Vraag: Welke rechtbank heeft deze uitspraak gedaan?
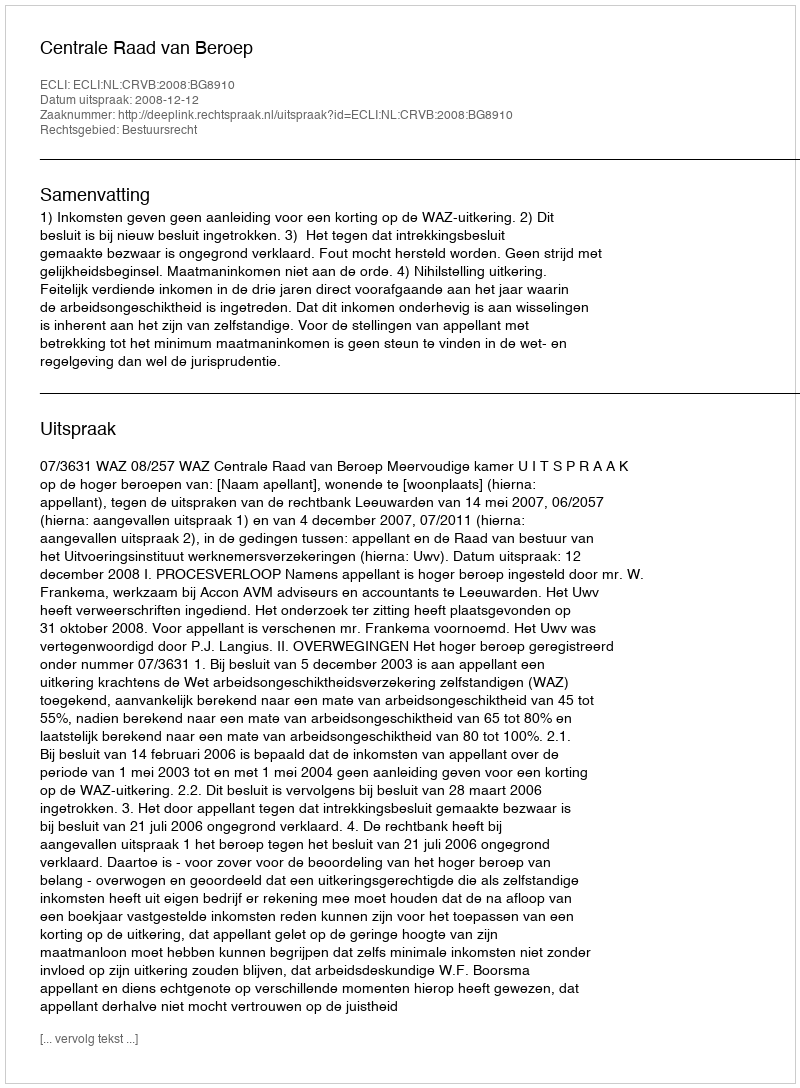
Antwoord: Centrale Raad van Beroep